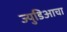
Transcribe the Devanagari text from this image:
ज्युडिआचा